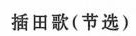
插田歌(节选)